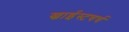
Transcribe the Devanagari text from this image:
ख्राईस्टचर्च